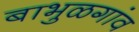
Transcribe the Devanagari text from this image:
बाभुळगांव